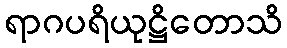
ရာဂပရိယုဋ္ဌိတောသိ